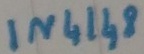
Text: IN4148